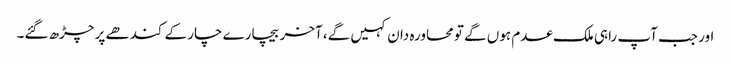
اور جب آپ راہی ملک عدم ہوں گے تو محاورہ دان کہیں گے، آخر بیچارے چار کے کندھے پر چڑھ گئے۔